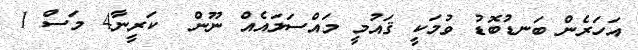
އަހަރެން ބަނޑުބޮޑު ވުމަކީ ޤައުމީ މައްސަލައެއް ނޫން  ކަރީނާ4 މަސް 1